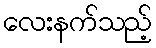
လေးနက်သည့်